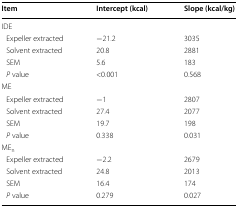
<table><thead><tr><td><b>Item</b></td><td><b>Intercept (kcal)</b></td><td><b>Slope (kcal/kg)</b></td></tr></thead><tbody><tr><td>IDE</td><td></td><td></td></tr><tr><td> Expeller extracted</td><td>−21.2</td><td>3035</td></tr><tr><td> Solvent extracted</td><td>20.8</td><td>2881</td></tr><tr><td> SEM</td><td>5.6</td><td>183</td></tr><tr><td> <i>P</i> value</td><td>&lt;0.001</td><td>0.568</td></tr><tr><td>ME</td><td></td><td></td></tr><tr><td> Expeller extracted</td><td>−1</td><td>2807</td></tr><tr><td> Solvent extracted</td><td>27.4</td><td>2077</td></tr><tr><td> SEM</td><td>19.7</td><td>198</td></tr><tr><td> <i>P</i> value</td><td>0.338</td><td>0.031</td></tr><tr><td>ME<sub>n</sub></td><td></td><td></td></tr><tr><td> Expeller extracted</td><td>−2.2</td><td>2679</td></tr><tr><td> Solvent extracted</td><td>24.8</td><td>2013</td></tr><tr><td> SEM</td><td>16.4</td><td>174</td></tr><tr><td> <i>P</i> value</td><td>0.279</td><td>0.027</td></tr></tbody></table>